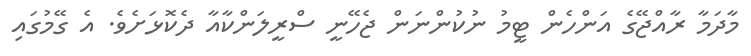
މާދަމާ ރާއްޖޭގެ އަންހެން ޓީމު ނުކުންނަން ޖެހޭނީ ސްރީލަންކާއާ ދެކޮޅަށެވެ. އެ ގޭމުގައި